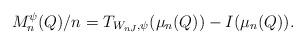
LaTeX: \begin{align*}M_n^{\psi}(Q)/n=T_{W_{nJ},\psi}(\mu_n(Q))-I(\mu_n(Q)). \end{align*}